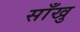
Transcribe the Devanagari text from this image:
साँखु